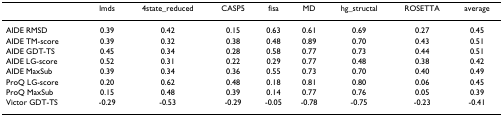
<table><thead><tr><td>[EMPTY_CELL]</td><td><b>lmds</b></td><td><b>4state_reduced</b></td><td><b>CASP5</b></td><td><b>fisa</b></td><td><b>MD</b></td><td><b>hg_structal</b></td><td><b>ROSETTA</b></td><td><b>average</b></td></tr></thead><tbody><tr><td>AIDE RMSD</td><td>0.39</td><td>0.42</td><td>0.15</td><td>0.63</td><td>0.61</td><td>0.69</td><td>0.27</td><td>0.45</td></tr><tr><td>AIDE TM-score</td><td>0.39</td><td>0.32</td><td>0.38</td><td>0.48</td><td>0.89</td><td>0.70</td><td>0.43</td><td>0.51</td></tr><tr><td>AIDE GDT-TS</td><td>0.45</td><td>0.34</td><td>0.28</td><td>0.58</td><td>0.77</td><td>0.73</td><td>0.44</td><td>0.51</td></tr><tr><td>AIDE LG-score</td><td>0.52</td><td>0.31</td><td>0.22</td><td>0.29</td><td>0.77</td><td>0.48</td><td>0.38</td><td>0.42</td></tr><tr><td>AIDE MaxSub</td><td>0.39</td><td>0.34</td><td>0.36</td><td>0.55</td><td>0.73</td><td>0.70</td><td>0.40</td><td>0.49</td></tr><tr><td>ProQ LG-score</td><td>0.20</td><td>0.62</td><td>0.48</td><td>0.18</td><td>0.81</td><td>0.80</td><td>0.06</td><td>0.45</td></tr><tr><td>ProQ MaxSub</td><td>0.15</td><td>0.48</td><td>0.39</td><td>0.14</td><td>0.77</td><td>0.76</td><td>0.05</td><td>0.39</td></tr><tr><td>Victor GDT-TS</td><td>-0.29</td><td>-0.53</td><td>-0.29</td><td>-0.05</td><td>-0.78</td><td>-0.75</td><td>-0.23</td><td>-0.41</td></tr></tbody></table>